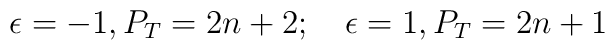
\epsilon = -1, P_T = 2n + 2 ;\quad \epsilon = 1,  P_T = 2n + 1